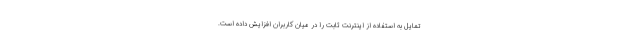
تمایل به استفاده از اینترنت ثابت را در میان کاربران افزایش داده است.